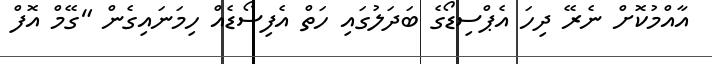
އާއްމުކޮށް ނެރޭ ދިހަ އެޕްސިޑޯގެ ބަދަލުގައި ހަތް އެފިސޯޑެއް ހިމަނައިގެން "ގޭމް އޮފް